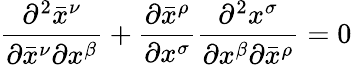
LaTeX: {\frac{\partial^{2}{\bar{x}}^{\nu}}{\partial{\bar{x}}^{\nu}\partial x^{\beta}}}+{\frac{\partial{\bar{x}}^{\rho}}{\partial x^{\sigma}}}{\frac{\partial^{2}x^{\sigma}}{\partial x^{\beta}\partial{\bar{x}}^{\rho}}}=0